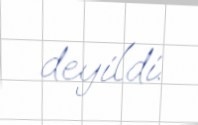
deyildi.